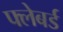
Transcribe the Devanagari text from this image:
फ्लेबर्ड